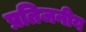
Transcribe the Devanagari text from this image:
प्रतिजनीय